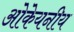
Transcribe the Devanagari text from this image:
ओकेयनीय